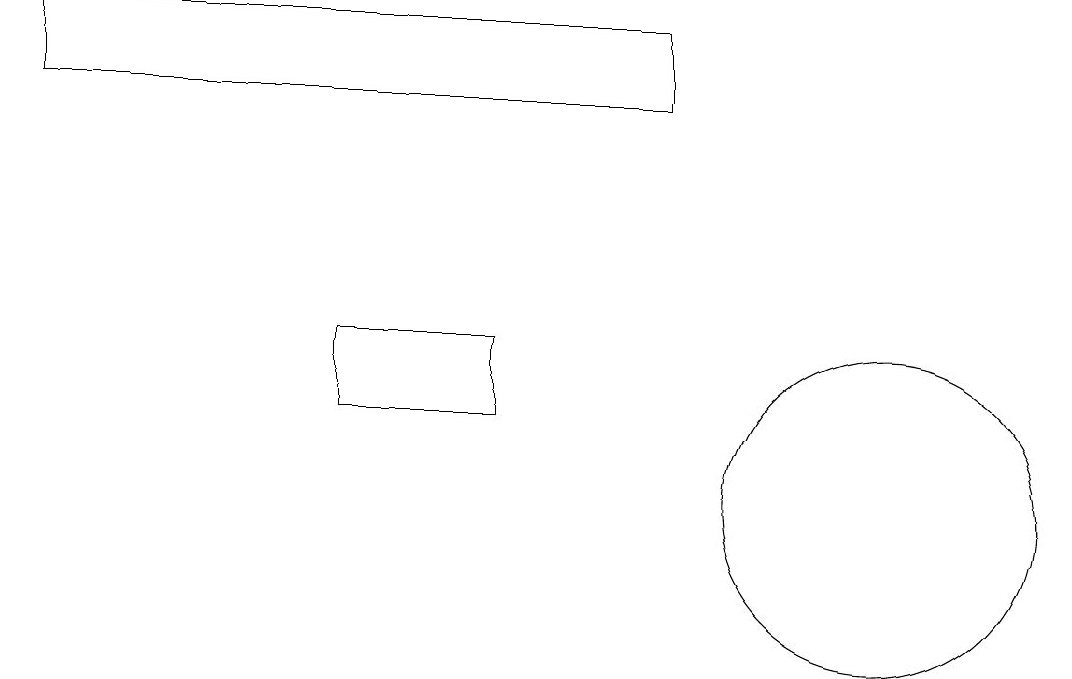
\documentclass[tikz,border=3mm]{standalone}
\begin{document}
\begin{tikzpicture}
\draw (7,12) rectangle (5,13);
\draw (12,11) circle (2);
\draw (9,16) rectangle (1,17);
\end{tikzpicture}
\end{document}